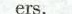
ers.